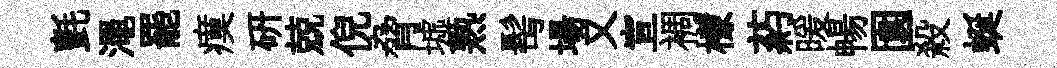
氈澠罷瘼研兢倪脅墟熟髩場又宣裯檬葯暖暢園殺蜒